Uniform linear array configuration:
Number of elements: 64
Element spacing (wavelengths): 0.25
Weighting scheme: blackman
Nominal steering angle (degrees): -15
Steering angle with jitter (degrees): -15.464
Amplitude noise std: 0.05
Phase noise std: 0.05

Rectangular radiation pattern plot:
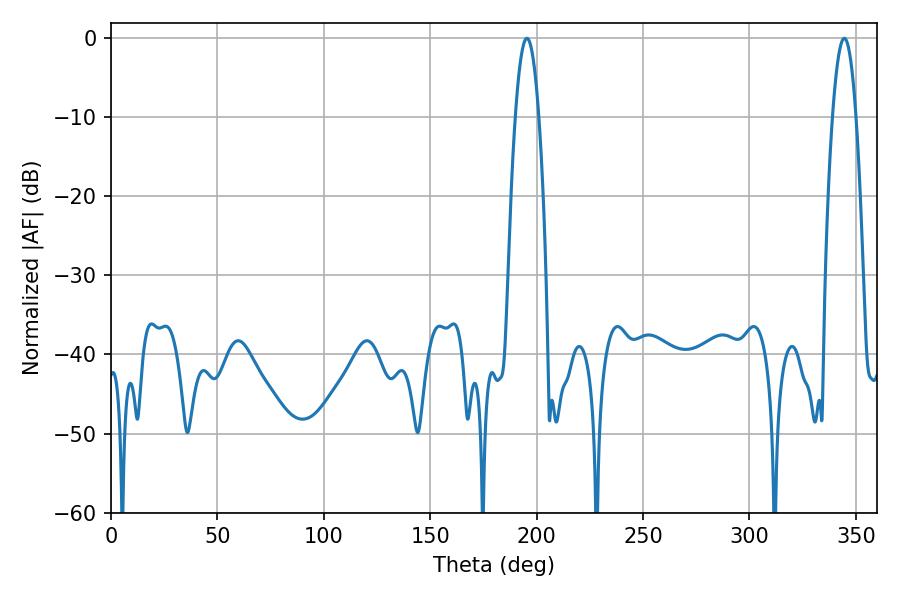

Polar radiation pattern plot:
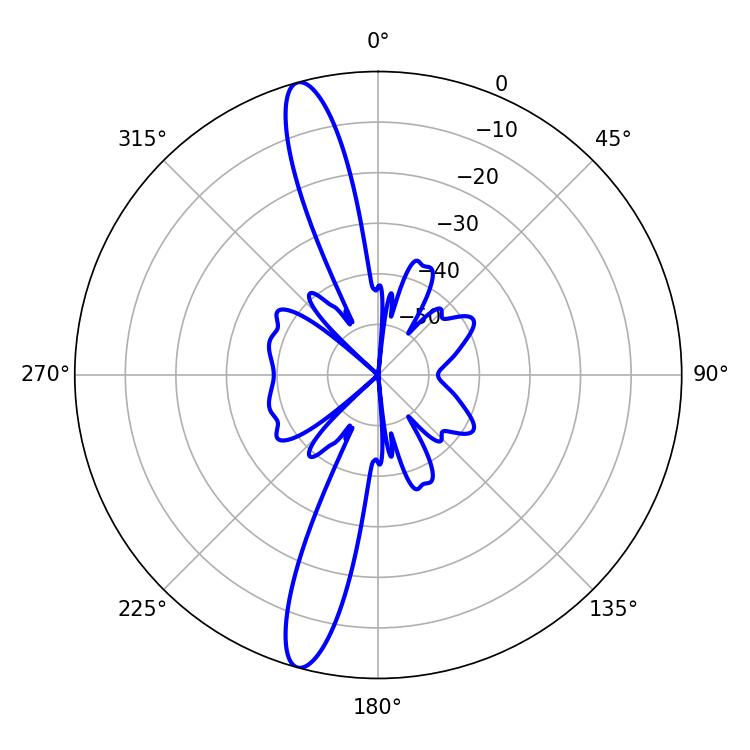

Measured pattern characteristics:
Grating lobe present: FALSE
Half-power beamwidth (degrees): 6.12
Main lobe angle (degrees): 195.48